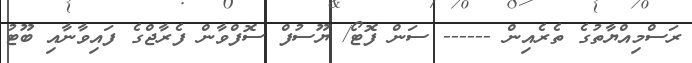
ރަސްމިއްޔާތުގެ ތެރެއިން ------ ސަން ފޮޓޯ/ ޔޫސުފް ސޮފްވާން ފެރާޖްގެ ފައިވާނާއި ބޫޓު